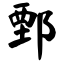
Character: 鄄